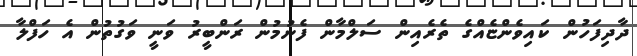
ދާދިފަހުން ކައިވެންޏެއްގެ ތެރެއިން ސަލްމާން ފެނުމުން ރަންބީރު ވަނީ ވަގުތުން އެ ހަފްލާ